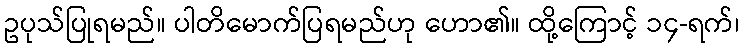
ဥပုသ်ပြုရမည်။ ပါတိမောက်ပြရမည်ဟု ဟော၏။ ထို့ကြောင့် ၁၄-ရက်၊